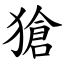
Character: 獊